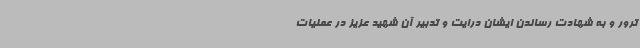
ترور و به شهادت رساندن ایشان درایت و تدبیر آن شهید عزیز در عملیات